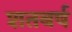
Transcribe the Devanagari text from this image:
शतबर्ष